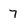
Character: 7